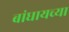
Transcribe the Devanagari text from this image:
बांधायच्या